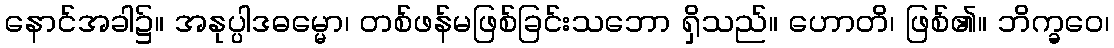
နောင်အခါ၌။ အနုပ္ပါဒဓမ္မော၊ တစ်ဖန်မဖြစ်ခြင်းသဘော ရှိသည်။ ဟောတိ၊ ဖြစ်၏။ ဘိက္ခဝေ၊